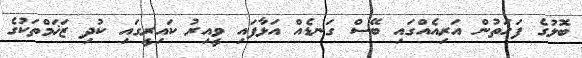
ބޮލުގެ ފަހަތުން އަރިއެއްގައި ބޭސް ގަނޑެއް އަޅާފައި ވީއިރު ކައިރީގައި ކުދި ޒަޚަމްތަކުގެ